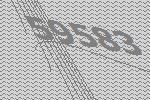
59583